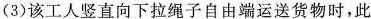
(3)该工人竖直向下拉绳子自由端运送货物时，此